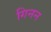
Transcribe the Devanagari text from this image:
गिनन